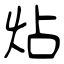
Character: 炶